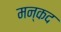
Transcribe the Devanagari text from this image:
मन्कद